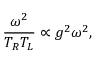
{ \frac { \omega ^ { 2 } } { T _ { R } T _ { L } } } \propto g ^ { 2 } \omega ^ { 2 } ,